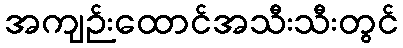
အကျဉ်းထောင်အသီးသီးတွင်